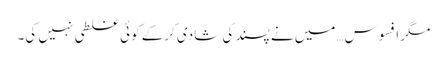
مگر افسوس…میں نے پسند کی شادی کرکے کوئی غلطی نہیں کی۔